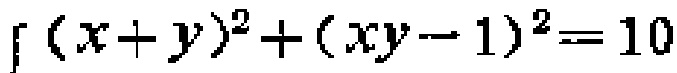
\(\left(x + y\right)^{2}+\left(xy - 1\right)^{2}=10\)